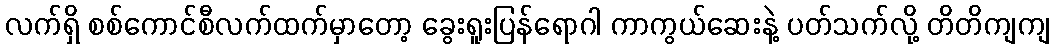
လက်ရှိ စစ်ကောင်စီလက်ထက်မှာတော့ ခွေးရူးပြန်ရောဂါ ကာကွယ်ဆေးနဲ့ ပတ်သက်လို့ တိတိကျကျ